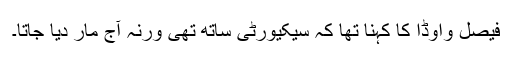
فیصل واوڈا کا کہنا تھا کہ سیکیورٹی ساتھ تھی ورنہ آج مار دیا جاتا۔